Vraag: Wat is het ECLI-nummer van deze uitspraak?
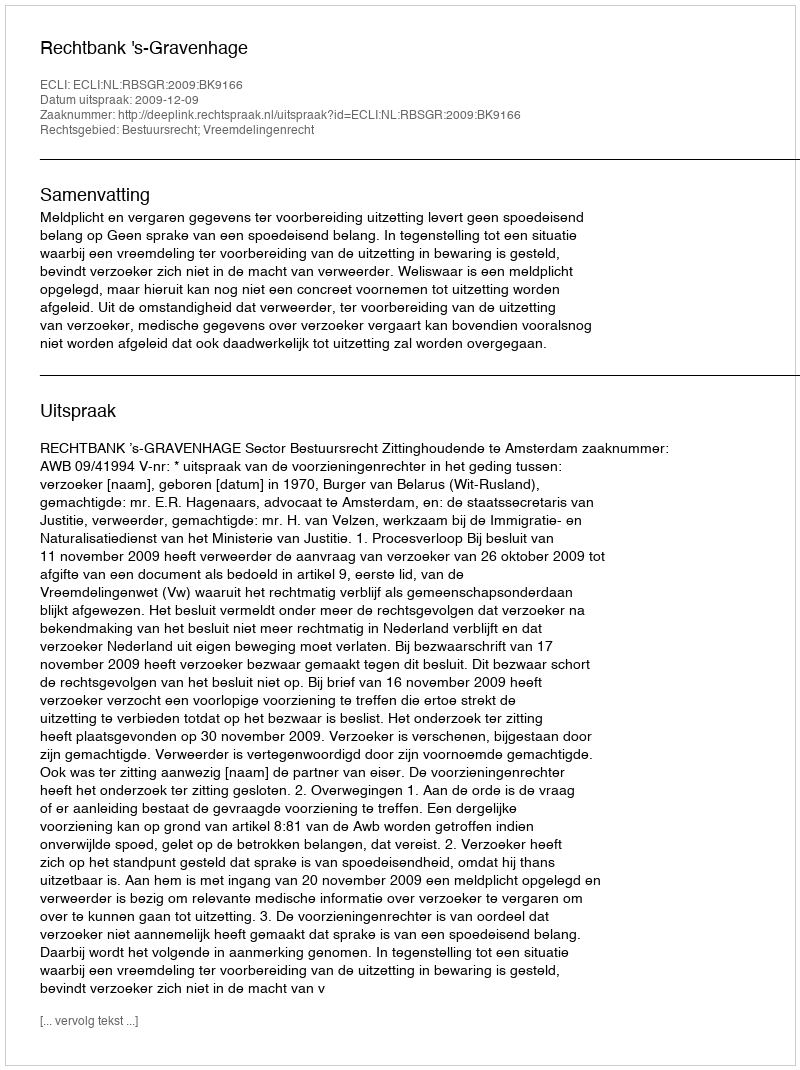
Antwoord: ECLI:NL:RBSGR:2009:BK9166